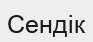
Сендік